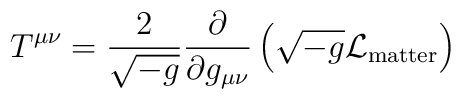
T^{\mu\nu} = \frac{2}{\sqrt{-g}} \frac{\partial}{\partial g_{\mu\nu}} \left( \sqrt{-g} {\cal L}_{\rm matter} \right)